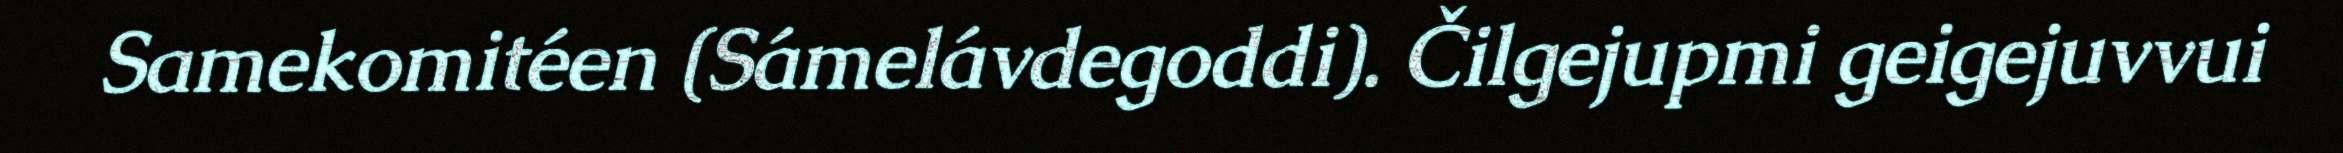
Samekomitéen (Sámelávdegoddi). Čilgejupmi geigejuvvui